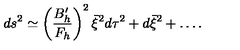
d s ^ { 2 } \simeq \left( { \frac { B _ { h } ^ { \prime } } { F _ { h } } } \right) ^ { 2 } \bar { \xi } ^ { 2 } d \tau ^ { 2 } + d \bar { \xi } ^ { 2 } + \dots .